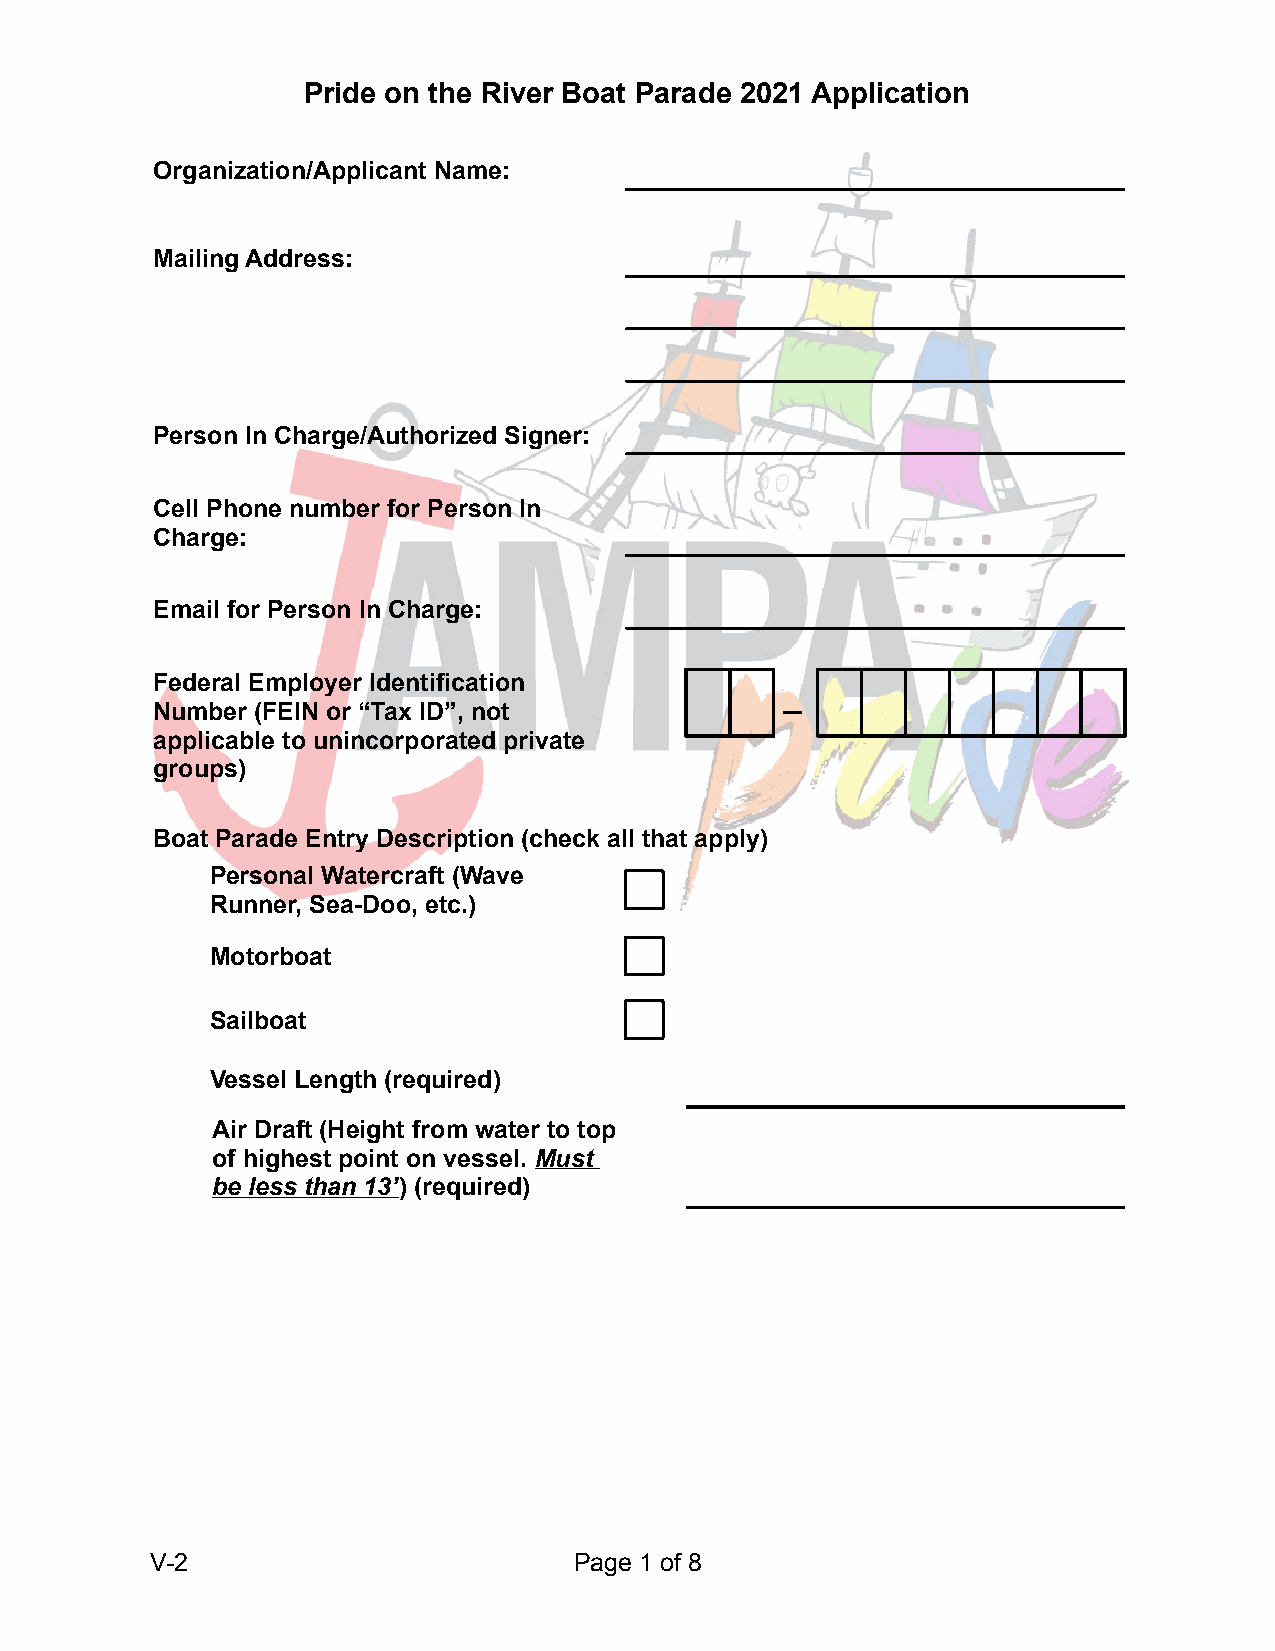
Pride on the River Boat Parade 2021 Application
 Organization/Applicant Name:
 Mailing Address:
 Person In Charge/Authorized Signer:
 Cell Phone number for Person In
 Charge:
 Email for Person In Charge:
 Federal Employer Identification
 _
 Number (FEIN or “Tax ID”, not
 applicable to unincorporated private
 groups)
 Boat Parade Entry Description (check all that apply)
 Personal Watercraft (Wave
 Runner, Sea-Doo, etc.)
 Motorboat
 Sailboat
 Vessel Length (required)
 Air Draft (Height from water to top
 of highest point on vessel. Must
 be less than 13’) (required)
 V-2                         Page 1 of 8